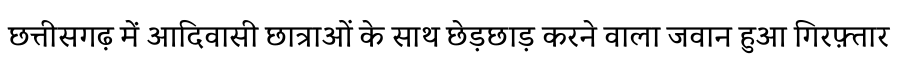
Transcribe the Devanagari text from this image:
छत्तीसगढ़ में आदिवासी छात्राओं के साथ छेड़छाड़ करने वाला जवान हुआ गिरफ़्तार